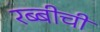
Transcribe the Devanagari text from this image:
रब्बीची